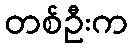
တစ်ဦးက